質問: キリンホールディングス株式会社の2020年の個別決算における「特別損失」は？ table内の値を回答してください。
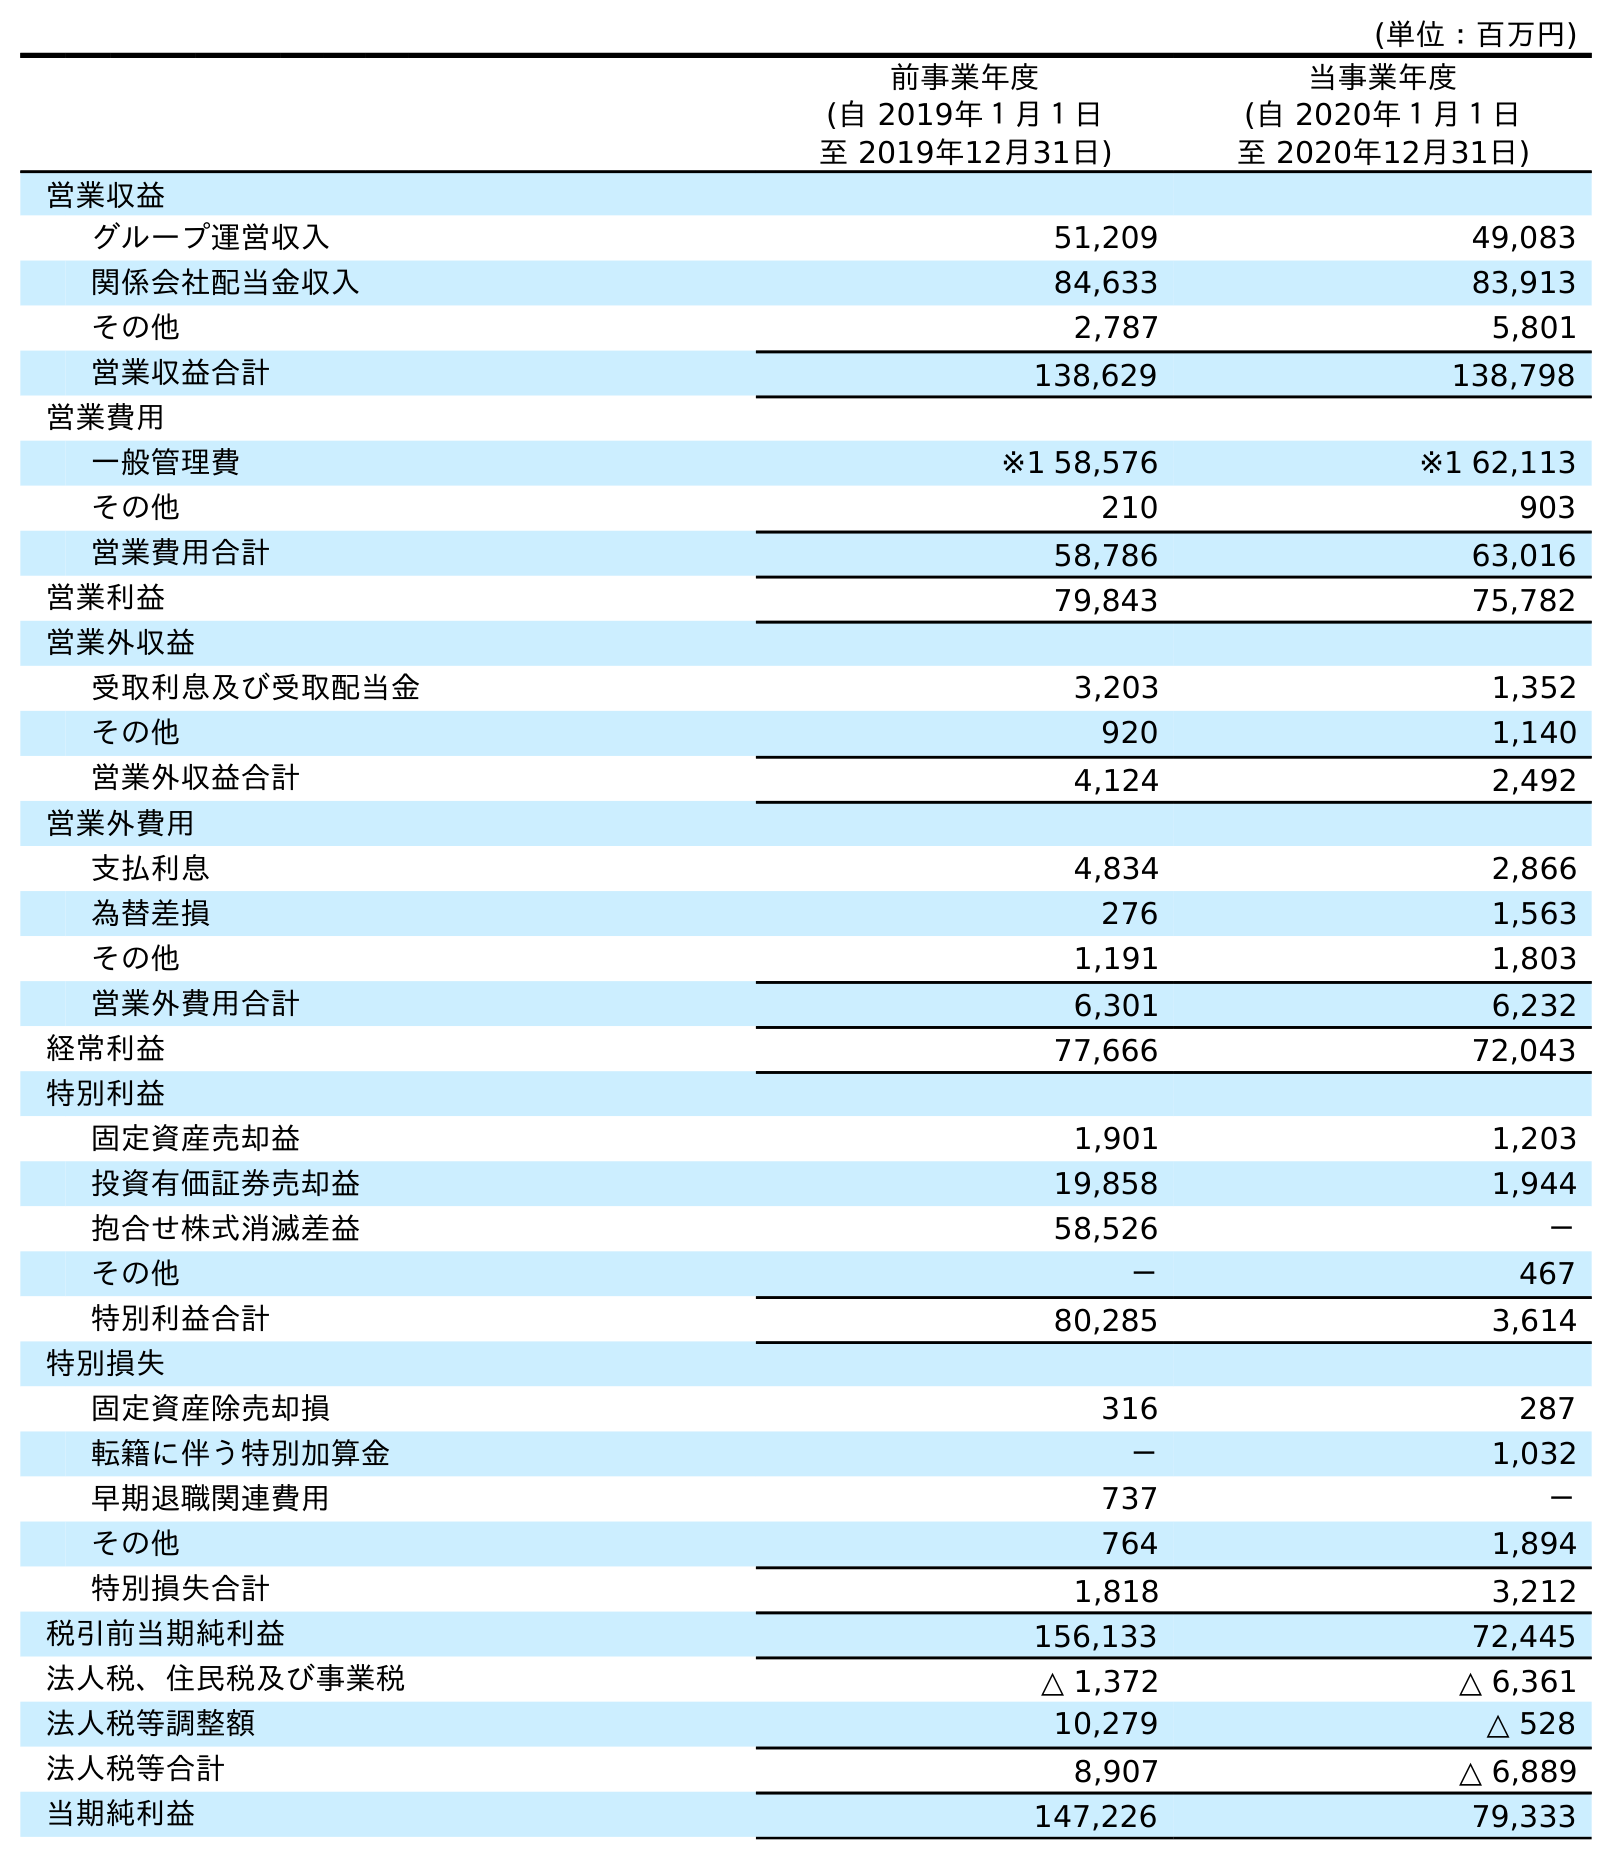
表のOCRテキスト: (単位：百万円) 前事業年度 (自 2019年１月１日 至 2019年12月31日) 当事業年度 (自 2020年１月１日 至 2020年12月31日) 営業収益 グループ運営収入 51,209 49,083 関係会社配当金収入 84,633 83,913 その他 2,787 5,801 営業収益合計 138,629 138,798 営業費用 一般管理費 ※1 58,576 ※1 62,113 その他 210 903 営業費用合計 58,786 63,016 営業利益 79,843 75,782 営業外収益 受取利息及び受取配当金 3,203 1,352 その他 920 1,140 営業外収益合計 4,124 2,492 営業外費用 支払利息 4,834 2,866 為替差損 276 1,563 その他 1,191 1,803 営業外費用合計 6,301 6,232 経常利益 77,666 72,043 特別利益 固定資産売却益 1,901 1,203 投資有価証券売却益 19,858 1,944 抱合せ株式消滅差益 58,526 － その他 － 467 特別利益合計 80,285 3,614 特別損失 固定資産除売却損 316 287 転籍に伴う特別加算金 － 1,032 早期退職関連費用 737 － その他 764 1,894 特別損失合計 1,818 3,212 税引前当期純利益 156,133 72,445 法人税、住民税及び事業税 △ 1,372 △ 6,361 法人税等調整額 10,279 △ 528 法人税等合計 8,907 △ 6,889 当期純利益 147,226 79,333
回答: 3,212